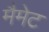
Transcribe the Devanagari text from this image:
मैमेट